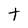
Character: t